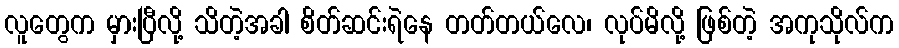
လူတွေက မှားပြီလို့ သိတဲ့အခါ စိတ်ဆင်းရဲနေ တတ်တယ်လေ၊ လုပ်မိလို့ ဖြစ်တဲ့ အကုသိုလ်က